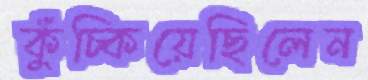
কুঁচ্‌কিয়েছিলেন